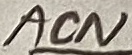
Text: ACN